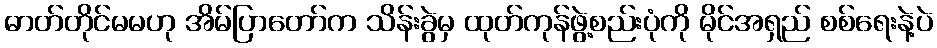
ဓာတ်တိုင်မမဟု အိမ်ပြာတော်က သိန်းခွဲမှ ထုတ်ကုန်ဖွဲ့စည်းပုံကို မိုင်အရှည် စစ်ရေးနဲ့ပဲ